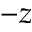
- z